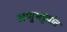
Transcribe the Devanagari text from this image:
अणुभट्टय़ांत